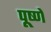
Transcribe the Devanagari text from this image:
पूष्णे